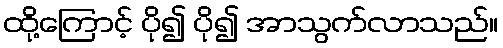
ထို့ကြောင့် ပို၍ ပို၍ အာသွက်လာသည်။